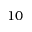
1 0